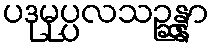
ပဒုမုပ္ပလသဉ္ဆန္နာ